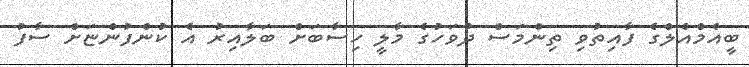
ބީއެމްއެލްގެ ފާއިތުވި ތިންމަސް ދުވަހުގެ މާލީ ހިސާބަށް ބަލާއިރު އެ ކުންފުންޏަށް ސާފު